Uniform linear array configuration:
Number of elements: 12
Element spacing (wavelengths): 1
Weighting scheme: blackman
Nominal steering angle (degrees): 60
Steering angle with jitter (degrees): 60.336
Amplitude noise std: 0.05
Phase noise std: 0.05

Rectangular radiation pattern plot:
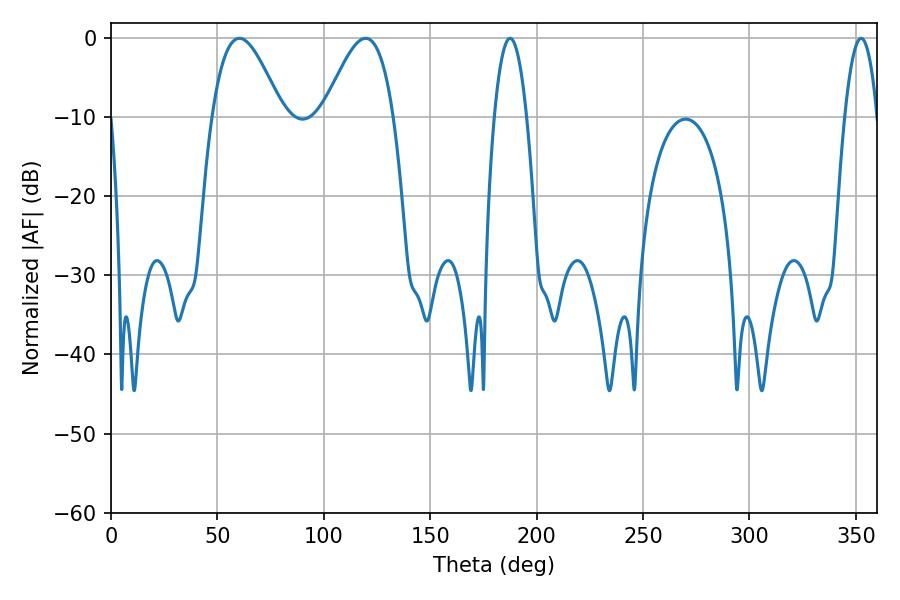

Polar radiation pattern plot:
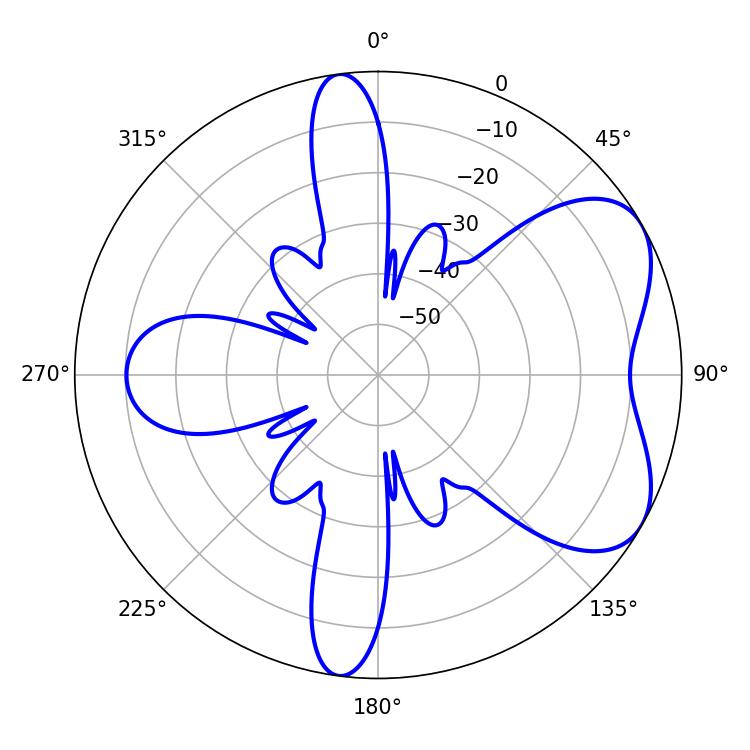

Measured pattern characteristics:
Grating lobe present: TRUE
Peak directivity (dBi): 5.657
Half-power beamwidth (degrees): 17.64
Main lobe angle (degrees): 60.3